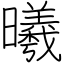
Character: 曦